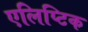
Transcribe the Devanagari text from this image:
एलिप्टिक